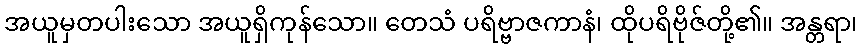
အယူမှတပါးသော အယူရှိကုန်သော။ တေသံ ပရိဗ္ဗာဇကာနံ၊ ထိုပရိဗိုဇ်တို့၏။ အန္တရာ၊